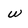
Character: w